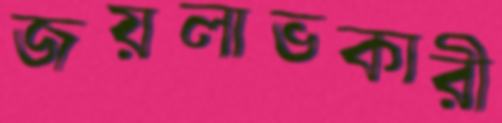
জয়লাভকারী